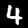
Digit: 4